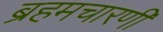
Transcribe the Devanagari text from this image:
ब्रहमचारणी